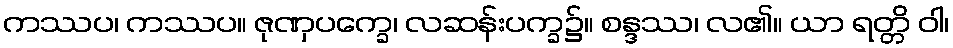
ကဿပ၊ ကဿပ။ ဇုဏှပက္ခေ၊ လဆန်းပက္ခ၌။ စန္ဒဿ၊ လ၏။ ယာ ရတ္တိ ဝါ၊